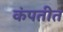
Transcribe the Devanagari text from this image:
कंपतीत